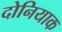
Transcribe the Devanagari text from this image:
दोनियाक